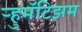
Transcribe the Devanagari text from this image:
ऱ्हुमॅटिझम